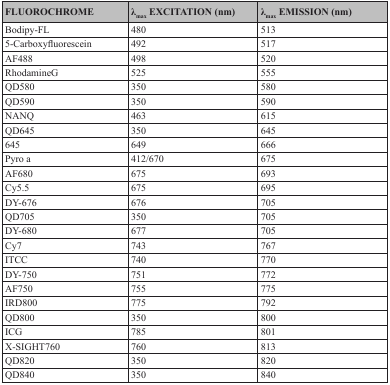
<table><thead><tr><td><b>FLUOROCHROME</b></td><td><b>λ<sub>max</sub> EXCITATION (nm)</b></td><td><b>λ<sub>max</sub> EMISSION (nm)</b></td></tr></thead><tbody><tr><td>Bodipy-FL</td><td>480</td><td>513</td></tr><tr><td>5-Carboxyfluorescein</td><td>492</td><td>517</td></tr><tr><td>AF488</td><td>498</td><td>520</td></tr><tr><td>RhodamineG</td><td>525</td><td>555</td></tr><tr><td>QD580</td><td>350</td><td>580</td></tr><tr><td>QD590</td><td>350</td><td>590</td></tr><tr><td>NANQ</td><td>463</td><td>615</td></tr><tr><td>QD645</td><td>350</td><td>645</td></tr><tr><td>645</td><td>649</td><td>666</td></tr><tr><td>Pyro a</td><td>412/670</td><td>675</td></tr><tr><td>AF680</td><td>675</td><td>693</td></tr><tr><td>Cy5.5</td><td>675</td><td>695</td></tr><tr><td>DY-676</td><td>676</td><td>705</td></tr><tr><td>QD705</td><td>350</td><td>705</td></tr><tr><td>DY-680</td><td>677</td><td>705</td></tr><tr><td>Cy7</td><td>743</td><td>767</td></tr><tr><td>ITCC</td><td>740</td><td>770</td></tr><tr><td>DY-750</td><td>751</td><td>772</td></tr><tr><td>AF750</td><td>755</td><td>775</td></tr><tr><td>IRD800</td><td>775</td><td>792</td></tr><tr><td>QD800</td><td>350</td><td>800</td></tr><tr><td>ICG</td><td>785</td><td>801</td></tr><tr><td>X-SIGHT760</td><td>760</td><td>813</td></tr><tr><td>QD820</td><td>350</td><td>820</td></tr><tr><td>QD840</td><td>350</td><td>840</td></tr></tbody></table>